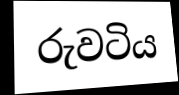
රුවටිය